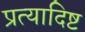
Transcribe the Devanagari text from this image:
प्रत्यादिष्ट